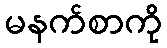
မနက်စာကို